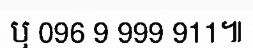
ឬ 096 9 999 911៕